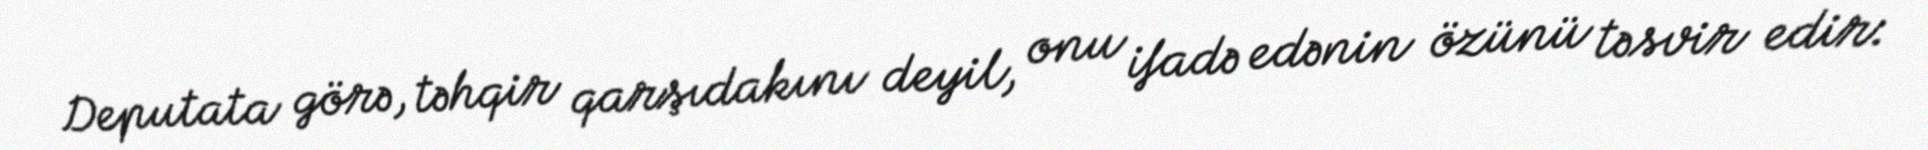
Deputata görə, təhqir qarşıdakını deyil, onu ifadə edənin özünü təsvir edir: